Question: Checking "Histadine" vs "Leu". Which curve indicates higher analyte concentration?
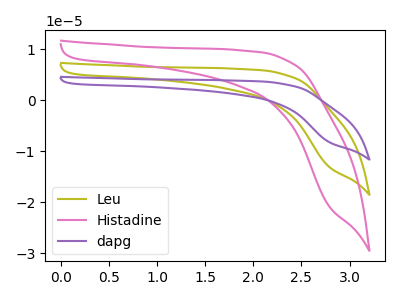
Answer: <think>The olive curve "Leu" has no peaks. The pink curve "Histadine" has no peaks. The purple curve "dapg" has no peaks.
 Neither "Histadine" or "Leu" have any peaks.</think>
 <answer>I cant tell if "Histadine" or "Leu" has higher concentration.</answer>
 <eval>mixed_concentration</eval>